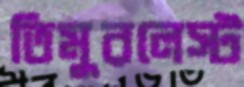
তিমুরলেস্ট